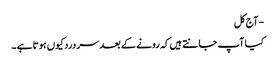
- آج کل
کیا آپ جا نتے ہیں کہ رونے کے بعد سر درد کیوں ہوتا ہے ۔